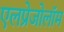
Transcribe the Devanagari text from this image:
एलप्रेजोलॉम